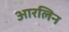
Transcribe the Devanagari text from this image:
आरलिन